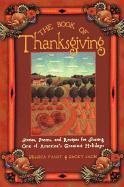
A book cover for The Book of Thanksgiving; JESSICA /SACH FAUST; Cookbooks, Food & Wine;